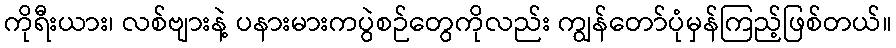
ကိုရီးယား၊ လစ်ဗျားနဲ့ ပနားမားကပွဲစဉ်တွေကိုလည်း ကျွန်တော်ပုံမှန်ကြည့်ဖြစ်တယ်။